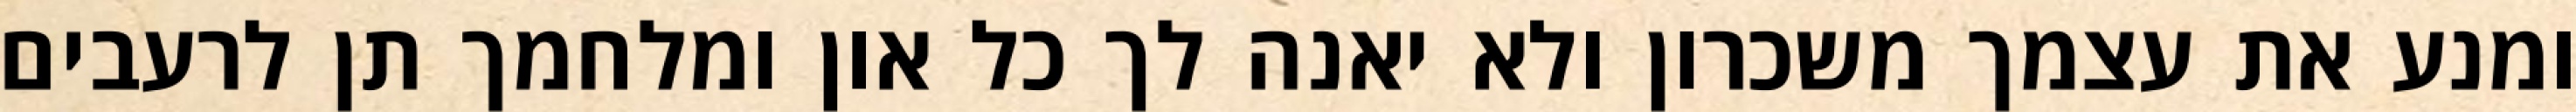
ומנע את עצמך משכרון ולא יאנה לך כל און ומלחמך תן לרעבים